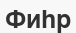
Фиһр